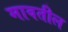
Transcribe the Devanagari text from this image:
मावतील